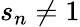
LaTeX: s_{n}\neq 1